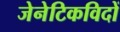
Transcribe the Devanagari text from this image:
जेनेटिकविदों